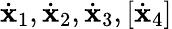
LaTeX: \dot{{\mathbf x}}_{1},\dot{{\mathbf x}}_{2},\dot{{\mathbf x}}_{3},[\dot{{\mathbf x}}_{4}]